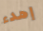
إهدء